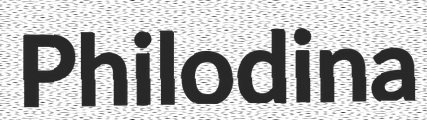
Philodina